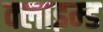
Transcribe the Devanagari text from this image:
क्लाइम्ड